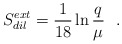
\begin{align*}S^{ext}_{dil}={1\over 18}\ln {q\over \mu}~~.\end{align*}